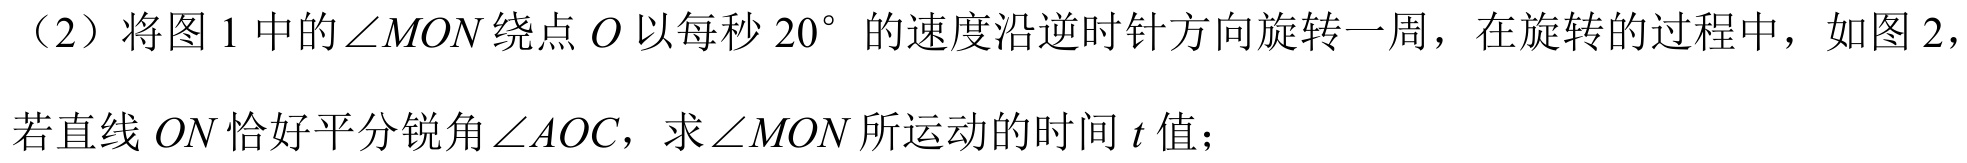
（2）将图 1 中的\(\angle MON\)绕点\(O\)以每秒\(20^{\circ}\)的速度沿逆时针方向旋转一周，在旋转的过程中，如图 2，
若直线\(ON\)恰好平分锐角\(\angle AOC\)，求\(\angle MON\)所运动的时间\(t\)值；